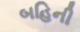
બહિની